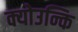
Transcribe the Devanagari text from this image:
क्योउन्कि